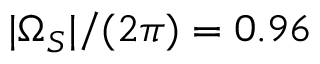
| \Omega _ { S } | / ( 2 \pi ) = 0 . 9 6